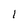
Character: 1